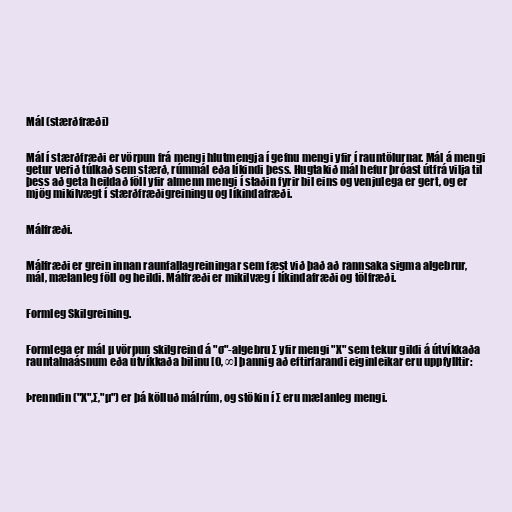
Mál (stærðfræði)

Mál í stærðfræði er vörpun frá mengi hlutmengja í gefnu mengi yfir í rauntölurnar. Mál á mengi
getur verið túlkað sem stærð, rúmmál eða líkindi þess. Hugtakið mál hefur þróast útfrá vilja til
þess að geta heildað föll yfir almenn mengi í staðin fyrir bil eins og venjulega er gert, og er
mjög mikilvægt í stærðfræðigreiningu og líkindafræði.

Málfræði.

Málfræði er grein innan raunfallagreiningar sem fæst við það að rannsaka sigma algebrur,
mál, mælanleg föll og heildi. Málfræði er mikilvæg í líkindafræði og tölfræði.

Formleg Skilgreining.

Formlega er mál μ vörpun skilgreind á "σ"-algebru Σ yfir mengi "X" sem tekur gildi á útvíkkaða
rauntalnaásnum eða útvíkkaða bilinu [0, ∞] þannig að eftirfarandi eiginleikar eru uppfylltir:

Þrenndin ("X",Σ,"μ") er þá kölluð málrúm, og stökin í Σ eru mælanleg mengi.